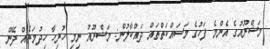
މަޝްރޫއުގެ އެންމެ ފަހުގެ މަސައްކަތްތައް ދައްކާލުން: މަޝްރޫއު ނިމި ހުރިހާ ހިދުމަތެއް ދޭން